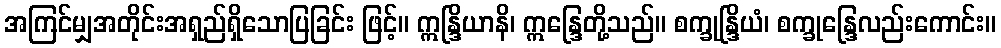
အကြင်မျှအတိုင်းအရှည်ရှိသောပြခြင်း ဖြင့်။ ဣန္ဒြိယာနိ၊ ဣန္ဒြေတို့သည်။ စက္ခုန္ဒြိယံ၊ စက္ခုန္ဒြေလည်းကောင်း။